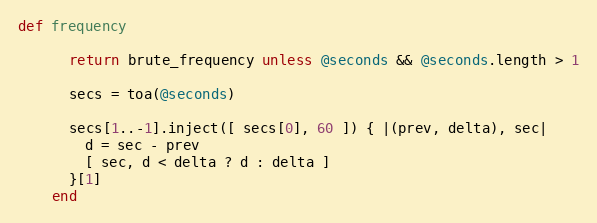
Language: Ruby
def frequency

      return brute_frequency unless @seconds && @seconds.length > 1

      secs = toa(@seconds)

      secs[1..-1].inject([ secs[0], 60 ]) { |(prev, delta), sec|
        d = sec - prev
        [ sec, d < delta ? d : delta ]
      }[1]
    end